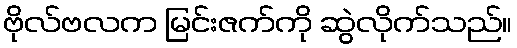
ဗိုလ်ဗလက မြင်းဇက်ကို ဆွဲလိုက်သည်။